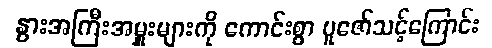
နွားအကြီးအမှူးများကို ကောင်းစွာ ပူဇော်သင့်ကြောင်း